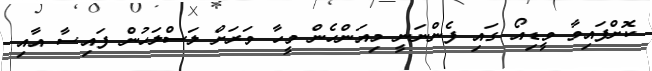
ކޮށްފައިވާ ވީޑިއޯ ގައި ފެންނަނީ މިއަންހެން މީހާ ވަރަށް ލަސްލަހުން ފައިސާ އާއި